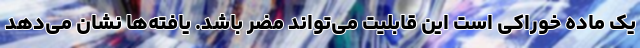
یک ماده خوراکی است این قابلیت می‌تواند مضر باشد. یافته‌ها نشان می‌دهد